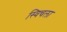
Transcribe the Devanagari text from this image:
स्विचला